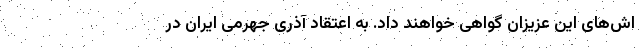
اش‌های این عزیزان گواهی خواهند داد. به اعتقاد آذری جهرمی ایران در